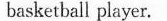
basketball player.